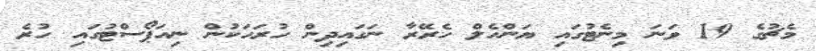
މެޗުގެ 19 ވަނަ މިނެޓުގައި ޔަންހެލް ހެރޭރާ ނަގައިދިން ހުރަހަކުން ނިއަޕޯސްޓުގައި ހުރެ